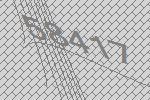
58417